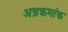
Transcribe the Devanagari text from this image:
अग्रक्रमांक